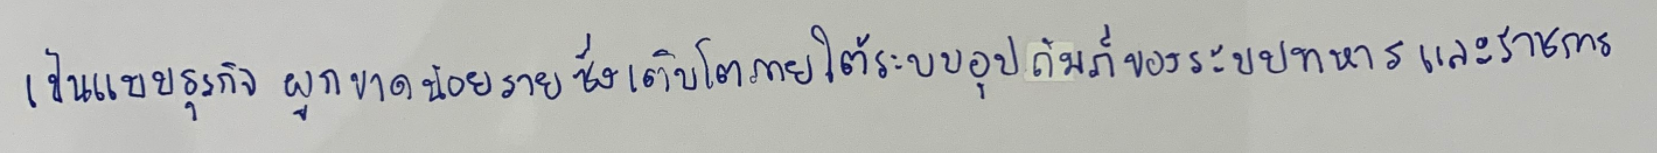
เป็นแบบธุรกิจผูกขาดน้อยรายซึ่งเติบโตภายใต้ระบบอุปถัมภ์ของระบบทหารและราชการ